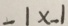
- 1 x - 1